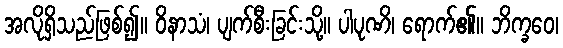
အလိုရှိသည်ဖြစ်၍။ ဝိနာသံ၊ ပျက်စီးခြင်းသို့။ ပါပုဏိ၊ ရောက်၏။ ဘိက္ခဝေ၊